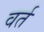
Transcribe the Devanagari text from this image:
वर्त